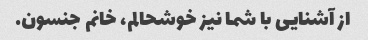
از آشنایی با شما نیز خوشحالم، خانم جنسون.